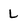
Character: L